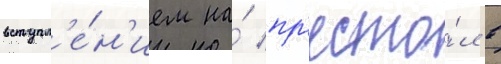
вступл'е́н'ием на́ пр'есто́л в